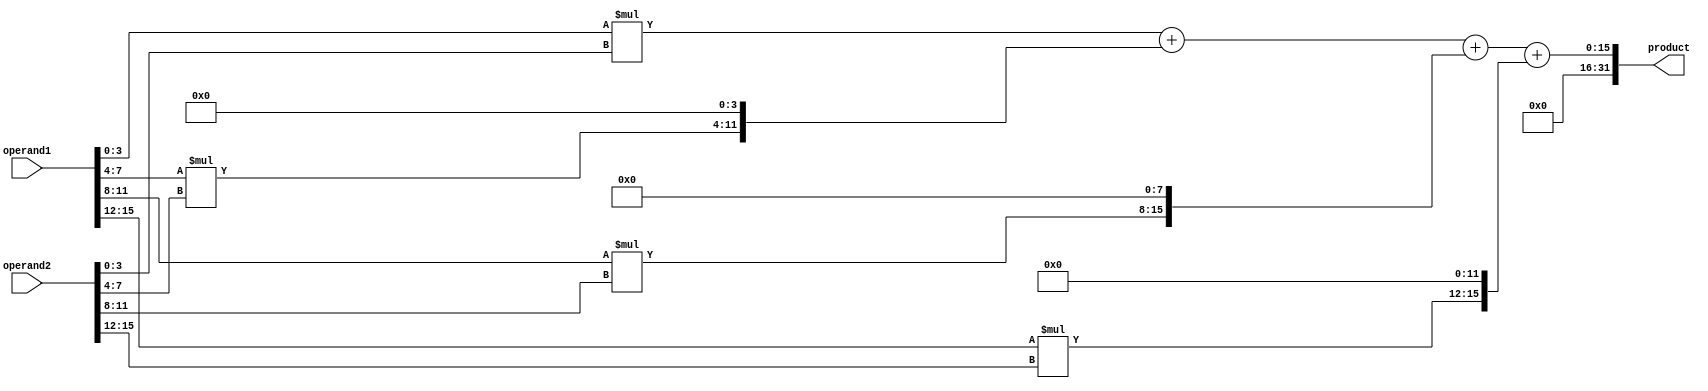
module Radix4_Multiplier (
input [15:0] operand1,
input [15:0] operand2,
output reg [31:0] product
);

reg [7:0] partial_product_0, partial_product_1, partial_product_2, partial_product_3;
reg [15:0] accumulator;

// Radix-4 multiplier modules
assign partial_product_0 = operand1[3:0] * operand2[3:0];
assign partial_product_1 = operand1[7:4] * operand2[7:4];
assign partial_product_2 = operand1[11:8] * operand2[11:8];
assign partial_product_3 = operand1[15:12] * operand2[15:12];

// Accumulator module
always @*
begin
  accumulator = partial_product_0 + (partial_product_1 << 4) 
               + (partial_product_2 << 8) + (partial_product_3 << 12);
end

assign product = accumulator;
endmodule